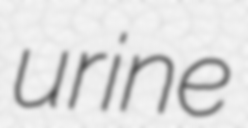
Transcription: urine